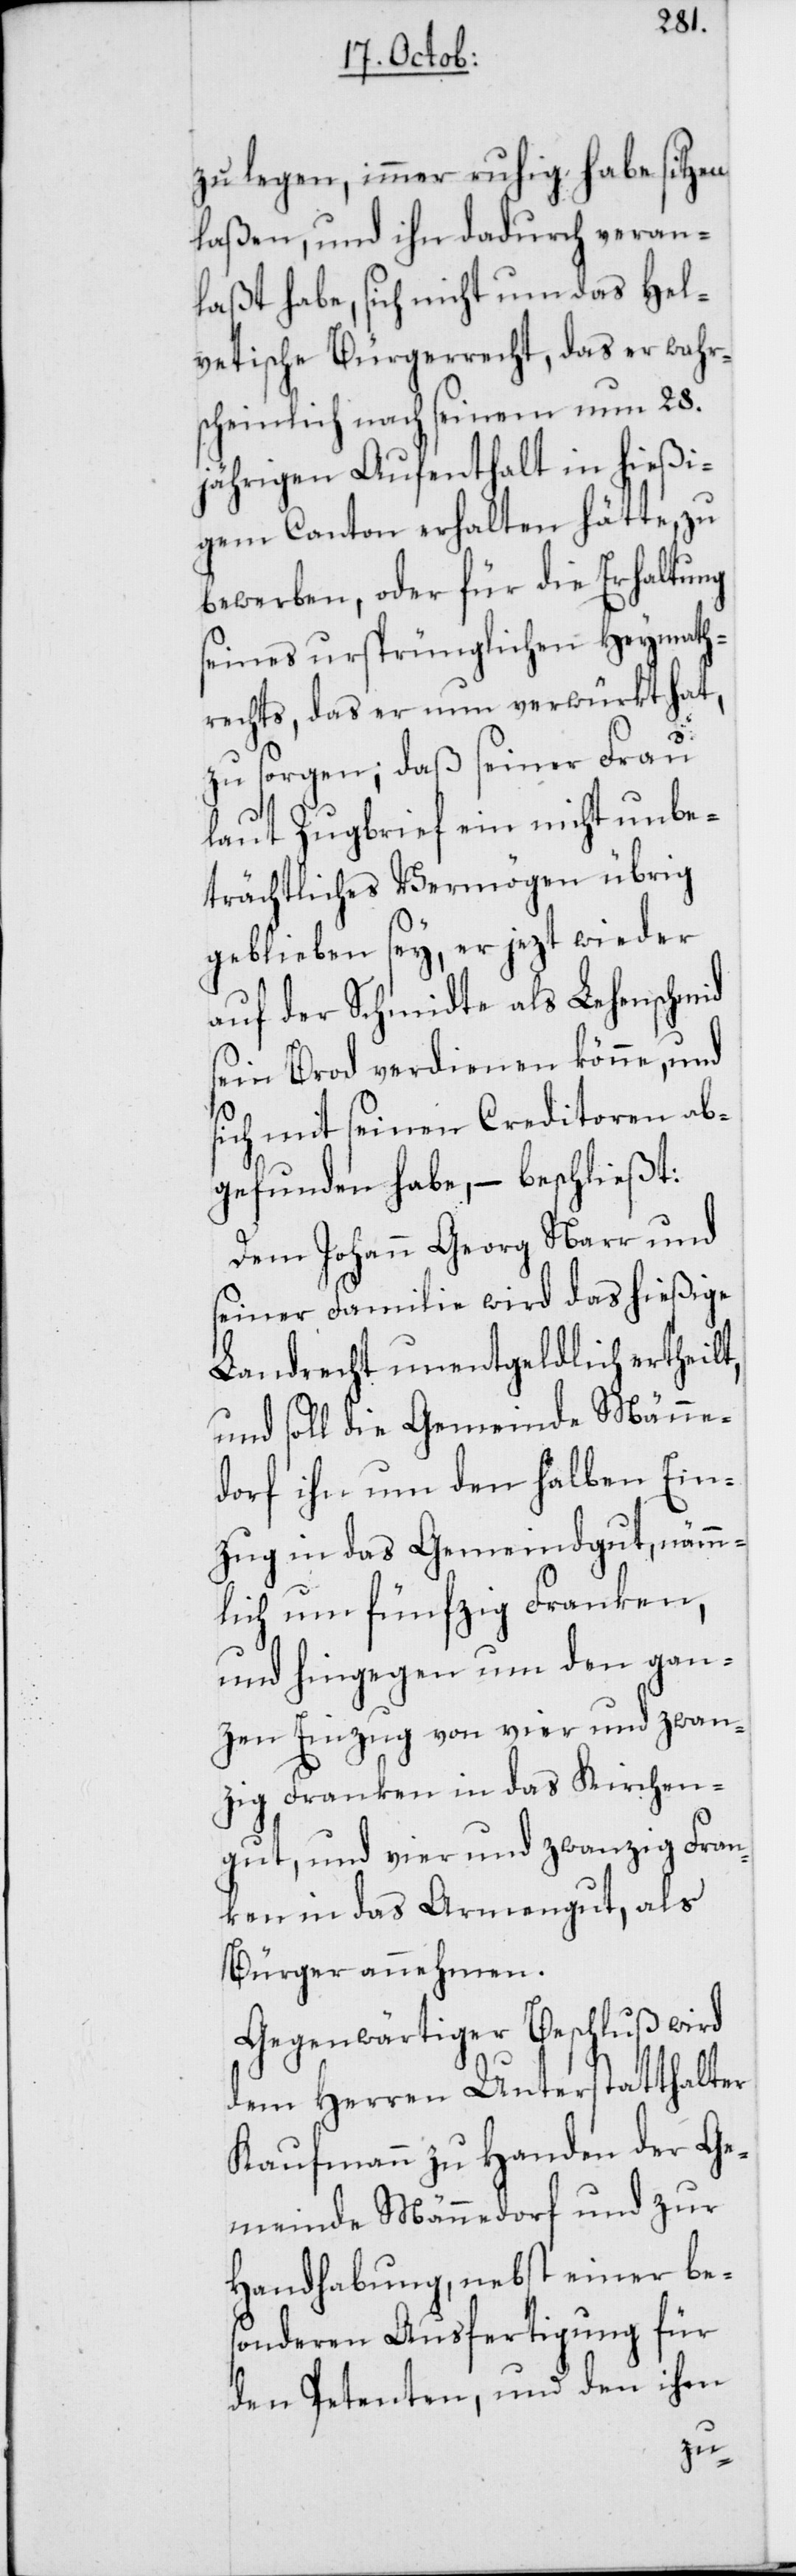
zu legen, immer ruhig habe sitzen
laßen, und ihn dadurch veran¬
laßt habe, sich nicht um das Hel¬
vetische Bürgerrecht, das er wahr¬
scheinlich nach seinem nun 28.
jährigen Aufenthalt in hießi¬
gem Canton erhalten hätte, zu
bewerben, oder für die Erhaltung
seines ursprünglichen Heymath¬
rechts, das er nun verwürkt hat,
zu sorgen; daß seiner Frau
laut Zugbrief ein nicht unbe¬
trächtliches Vermögen übrig
geblieben sey, er jezt wieder
auf der Schmidte als Lehenschmid
sein Brod verdienen könne, und
ich mit seinen Creditoren ab¬
gefunden habe, – beschließt:
Dem Johann Georg Narr und
seiner Familie wird das hießige
Landrecht unentgeldlich ertheilt,
und soll die Gemeinde Männe¬
dorf ihn um den halben Ein¬
zug in das Gemeindgut, nämm¬
lich um fünfzig Franken,
und hingegen um den gan¬
zen Einzug von vier und zwan¬
zig Franken in das Kirchen¬
gut, und vier und zwanzig Fran¬
ken in das Armengut, als
Bürger annehmen.
Gegenwärtiger Beschluß wird
dem Herren Unterstatthalter
Kaufmann zu Handen der Ge¬
meinde Männedorf und zur
Handhabung, nebst einer be¬
sonderen Ausfertigung für
den Petenten, und den ihm
s¬